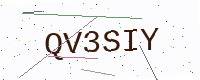
Text: QV3SIY